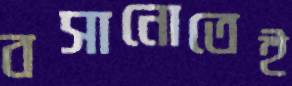
বসানোতেই